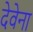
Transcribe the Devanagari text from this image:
देवेना